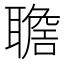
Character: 𦗯